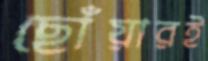
ছোঁয়ারই